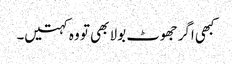
کبھی اگر جھوٹ بولا بھی تو وہ کہتیں۔